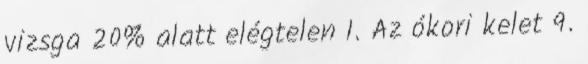
vizsga 20% alatt elégtelen I. Az ókori kelet 9.